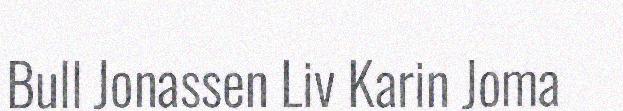
Bull Jonassen Liv Karin Joma